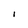
Character: I